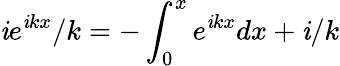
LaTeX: \mathit{i}e^{\mathit{i}kx}/k=-\int_{0}^{x}e^{\mathit{i}kx}dx+\mathit{i}/k